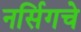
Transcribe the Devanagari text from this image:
नर्सिगचे